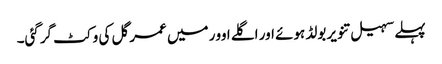
پہلے سہیل تنویر بولڈ ہوئے اور اگلے اوور میں عمر گل کی وکٹ گرگئی۔